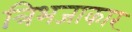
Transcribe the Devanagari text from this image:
त्रिभजाकार